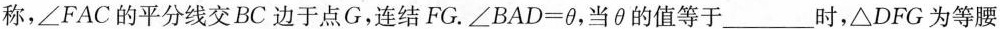
称，∠FAC的平分线交BC边于点G，连结FG.$$∠ B A D = θ$$，当θ的值等于___时，△DFG为等腰